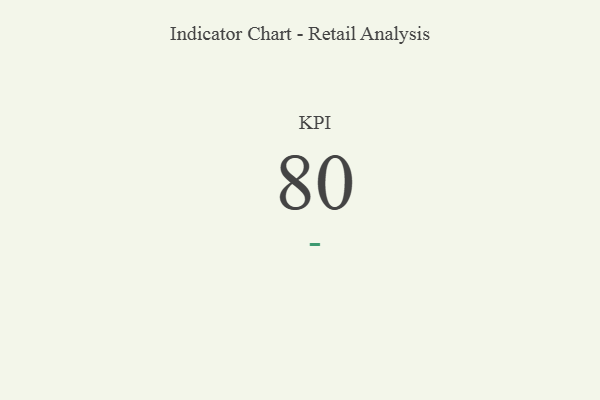
{"axis": {"x": "KPI", "y": "Value"}, "legend": [""], "data": [{"x": "KPI", "y": 80, "type": ""}]}